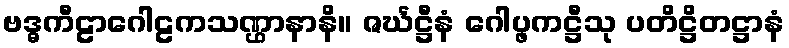
ဗဒ္ဓကီဠာဂေါဠကသဏ္ဌာနာနိ။ ဇင်္ဃဋ္ဌီနံ ဂေါပ္ဖကဋ္ဌီသု ပတိဋ္ဌိတဋ္ဌာနံ